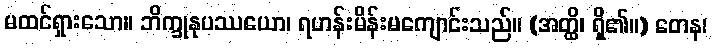
မထင်ရှားသော။ ဘိက္ခုနုပဿယော၊ ရဟန်းမိန်းမကျောင်းသည်။ (အတ္ထိ၊ ရှိ၏။) တေန၊